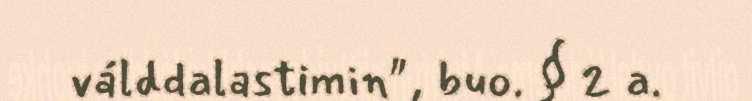
válddalastimin", buo. § 2 a.